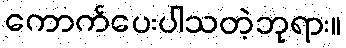
ကောက်ပေးပါသတဲ့ဘုရား။